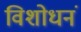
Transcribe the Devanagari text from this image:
विशोधनं